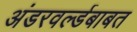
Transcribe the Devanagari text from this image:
अंडरवर्ल्डबाबत